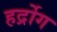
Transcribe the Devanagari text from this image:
हर्द्रोग